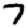
Digit: 7